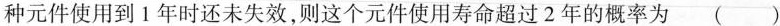
种元件使用到1年时还未失效，则这个元件使用寿命超过2年的概率为 ( )